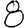
Digit: 8